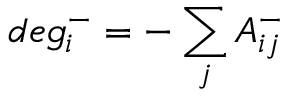
d e g _ { i } ^ { - } = - \sum _ { j } A _ { i j } ^ { - }